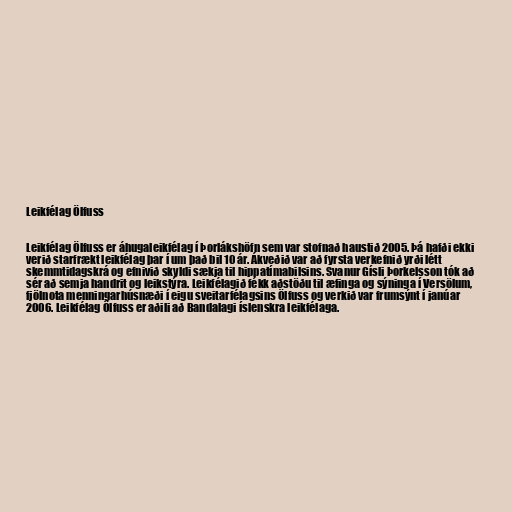
Leikfélag Ölfuss

Leikfélag Ölfuss er áhugaleikfélag í Þorlákshöfn sem var stofnað haustið 2005. Þá hafði ekki
verið starfrækt leikfélag þar í um það bil 10 ár. Ákveðið var að fyrsta verkefnið yrði létt
skemmtidagskrá og efnivið skyldi sækja til hippatímabilsins. Svanur Gísli Þorkelsson tók að
sér að semja handrit og leikstýra. Leikfélagið fékk aðstöðu til æfinga og sýninga í Versölum,
fjölnota menningarhúsnæði í eigu sveitarfélagsins Ölfuss og verkið var frumsýnt í janúar
2006. Leikfélag Ölfuss er aðili að Bandalagi íslenskra leikfélaga.